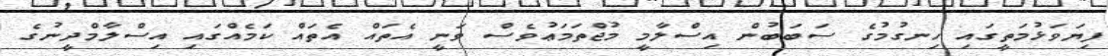
ފިޔަވަޅުމަތީގައި ހިނގުމުގެ ސަބަބުން އިސްލާމީ މުޖްތަމަޢުވެސް ވަނީ އެތައް އެތައް ކަމެއްގައި އިސްލާމްދީނުގެ